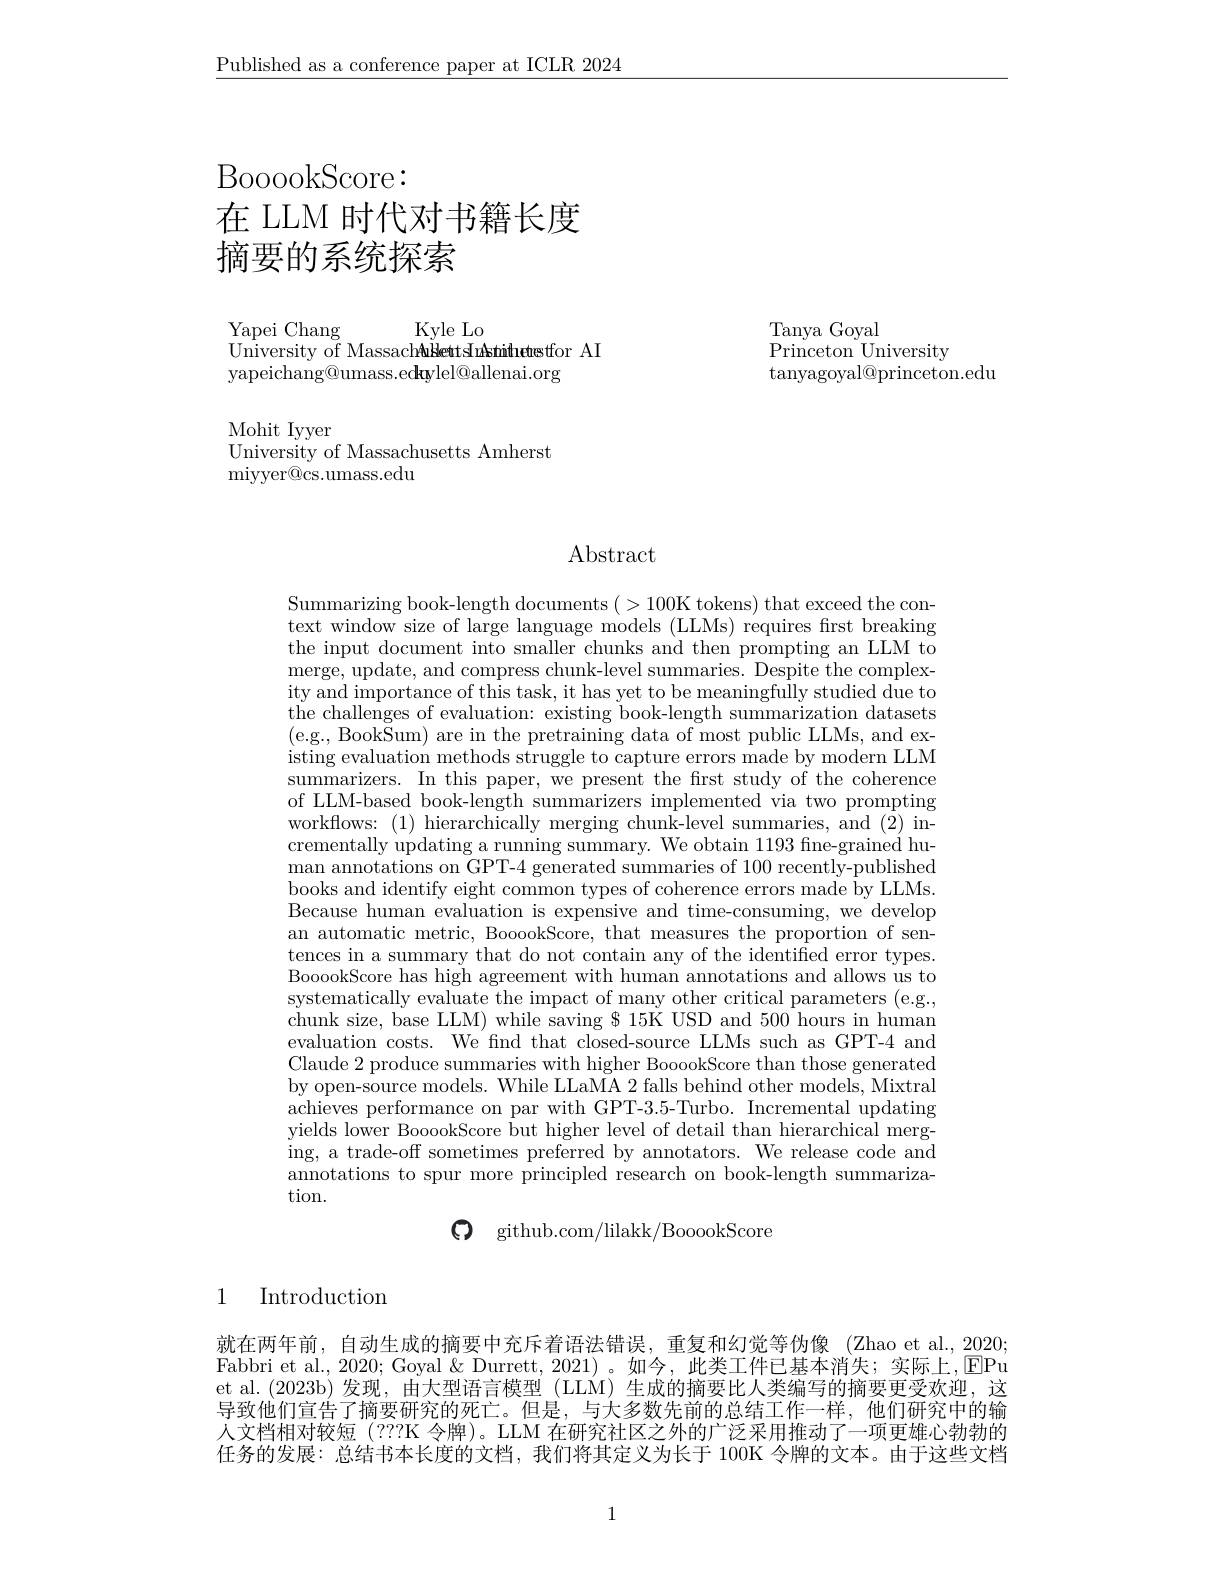
$\underline{\text{Published as a conference paper at ICLR 2024}}$

# BooookScore: 在 LLM 时代对书籍长度摘要的系统探索

Kyle Lo
${\mathrm{University~of~MassachAklettsIn}}$stithetstfor AI

Yapei Chang
$\bar{\text{yapeichang@umass.edwlel@allenai.org}}$

Mohit Iyyer
University of Massachusetts Amherst
miyyer@cs.umass.edu

Tanya Goyal
Princeton University
tanyagoyal@princeton.edu

Abstract

Summarizing book-length documents ( > 100K tokens) that exceed the context window size of large language models (LLMs) requires first breaking the input document into smaller chunks and then prompting an LLM to merge, update, and compress chunk-level summaries. Despite the complexity and importance of this task, it has yet to be meaningfully studied due to $\tilde{\text{the challenges of evaluation: existing book-length summarization datasets}}$ (e.g., BookSum) are in the pretraining data of most public LLMs, and existing evaluation methods struggle to capture errors made by modern LLM summarizers. In this paper, we present the frst study of the coherence of LLM-based book-length summarizers implemented via two prompting workflows: $(1)\bar\text{hierarchically merging chunk-level summaries, and (2)in-}$ crementally updating a running summary. We obtain 1193 fine-grained human annotations on GPT-4 generated summaries of 100 recently-published $\underset{\mathrm{D}}{\operatorname*{\operatorname*{\text{books and identify eight common types of coherence errors made by LLMs.}}}}$ Because human evaluation is expensive and time-consuming, we develop an automatic metric, BooookScore, that measures the proportion of sentences in a summary that do not contain any of the identified error types. BooookScore has high agreement with human annotations and allows us to systematically evaluate the impact of many other critical parameters (e.g., chunk size, base LLM) while saving $ 15K USD and 500 hours in human evaluation costs. We find that closed-source LLMs such as GPT-4 and Claude 2 produce summaries with higher BooookScore than those generated $\bar{\text{by open-source models. While LLaMA 2 falls behind other models, Mixtral}}$ achieves performance on par with GPT-3.5-Turbo. Incremental updating yields lower BooookScore but higher level of detail than hierarchical merging, a trade-off sometimes preferred by annotators. We release code and annotations to spur more principled research on book-length summarization.
$\textcircled{\mathrm{P}}$ github.com/lilakk/BoookScore

### 1 Introduction

就在两年前，自动生成的摘要中充斥着语法错误，重复和幻觉等伪像 (Zhao et al., 2020; Fabbri et al., 2020; Goyal & Durrett, 2021) 。如今，此类工件已基本消失；实际上，$\overline{\mathrm{EPu}}$ et al.(2023b)发现，由大型语言模型 (LLM)生成的摘要比人类编写的摘要更受欢迎，这导致他们宣告了摘要研究的死亡。但是，与大多数先前的总结工作一样，他们研究中的输人文档相对较短(???K 令牌)。LLM 在研究社区之外的广泛采用推动了一项更雄心勃勃的任务的发展：总结书本长度的文档，我们将其定义为长于 100K 令牌的文本。由于这些文档

1